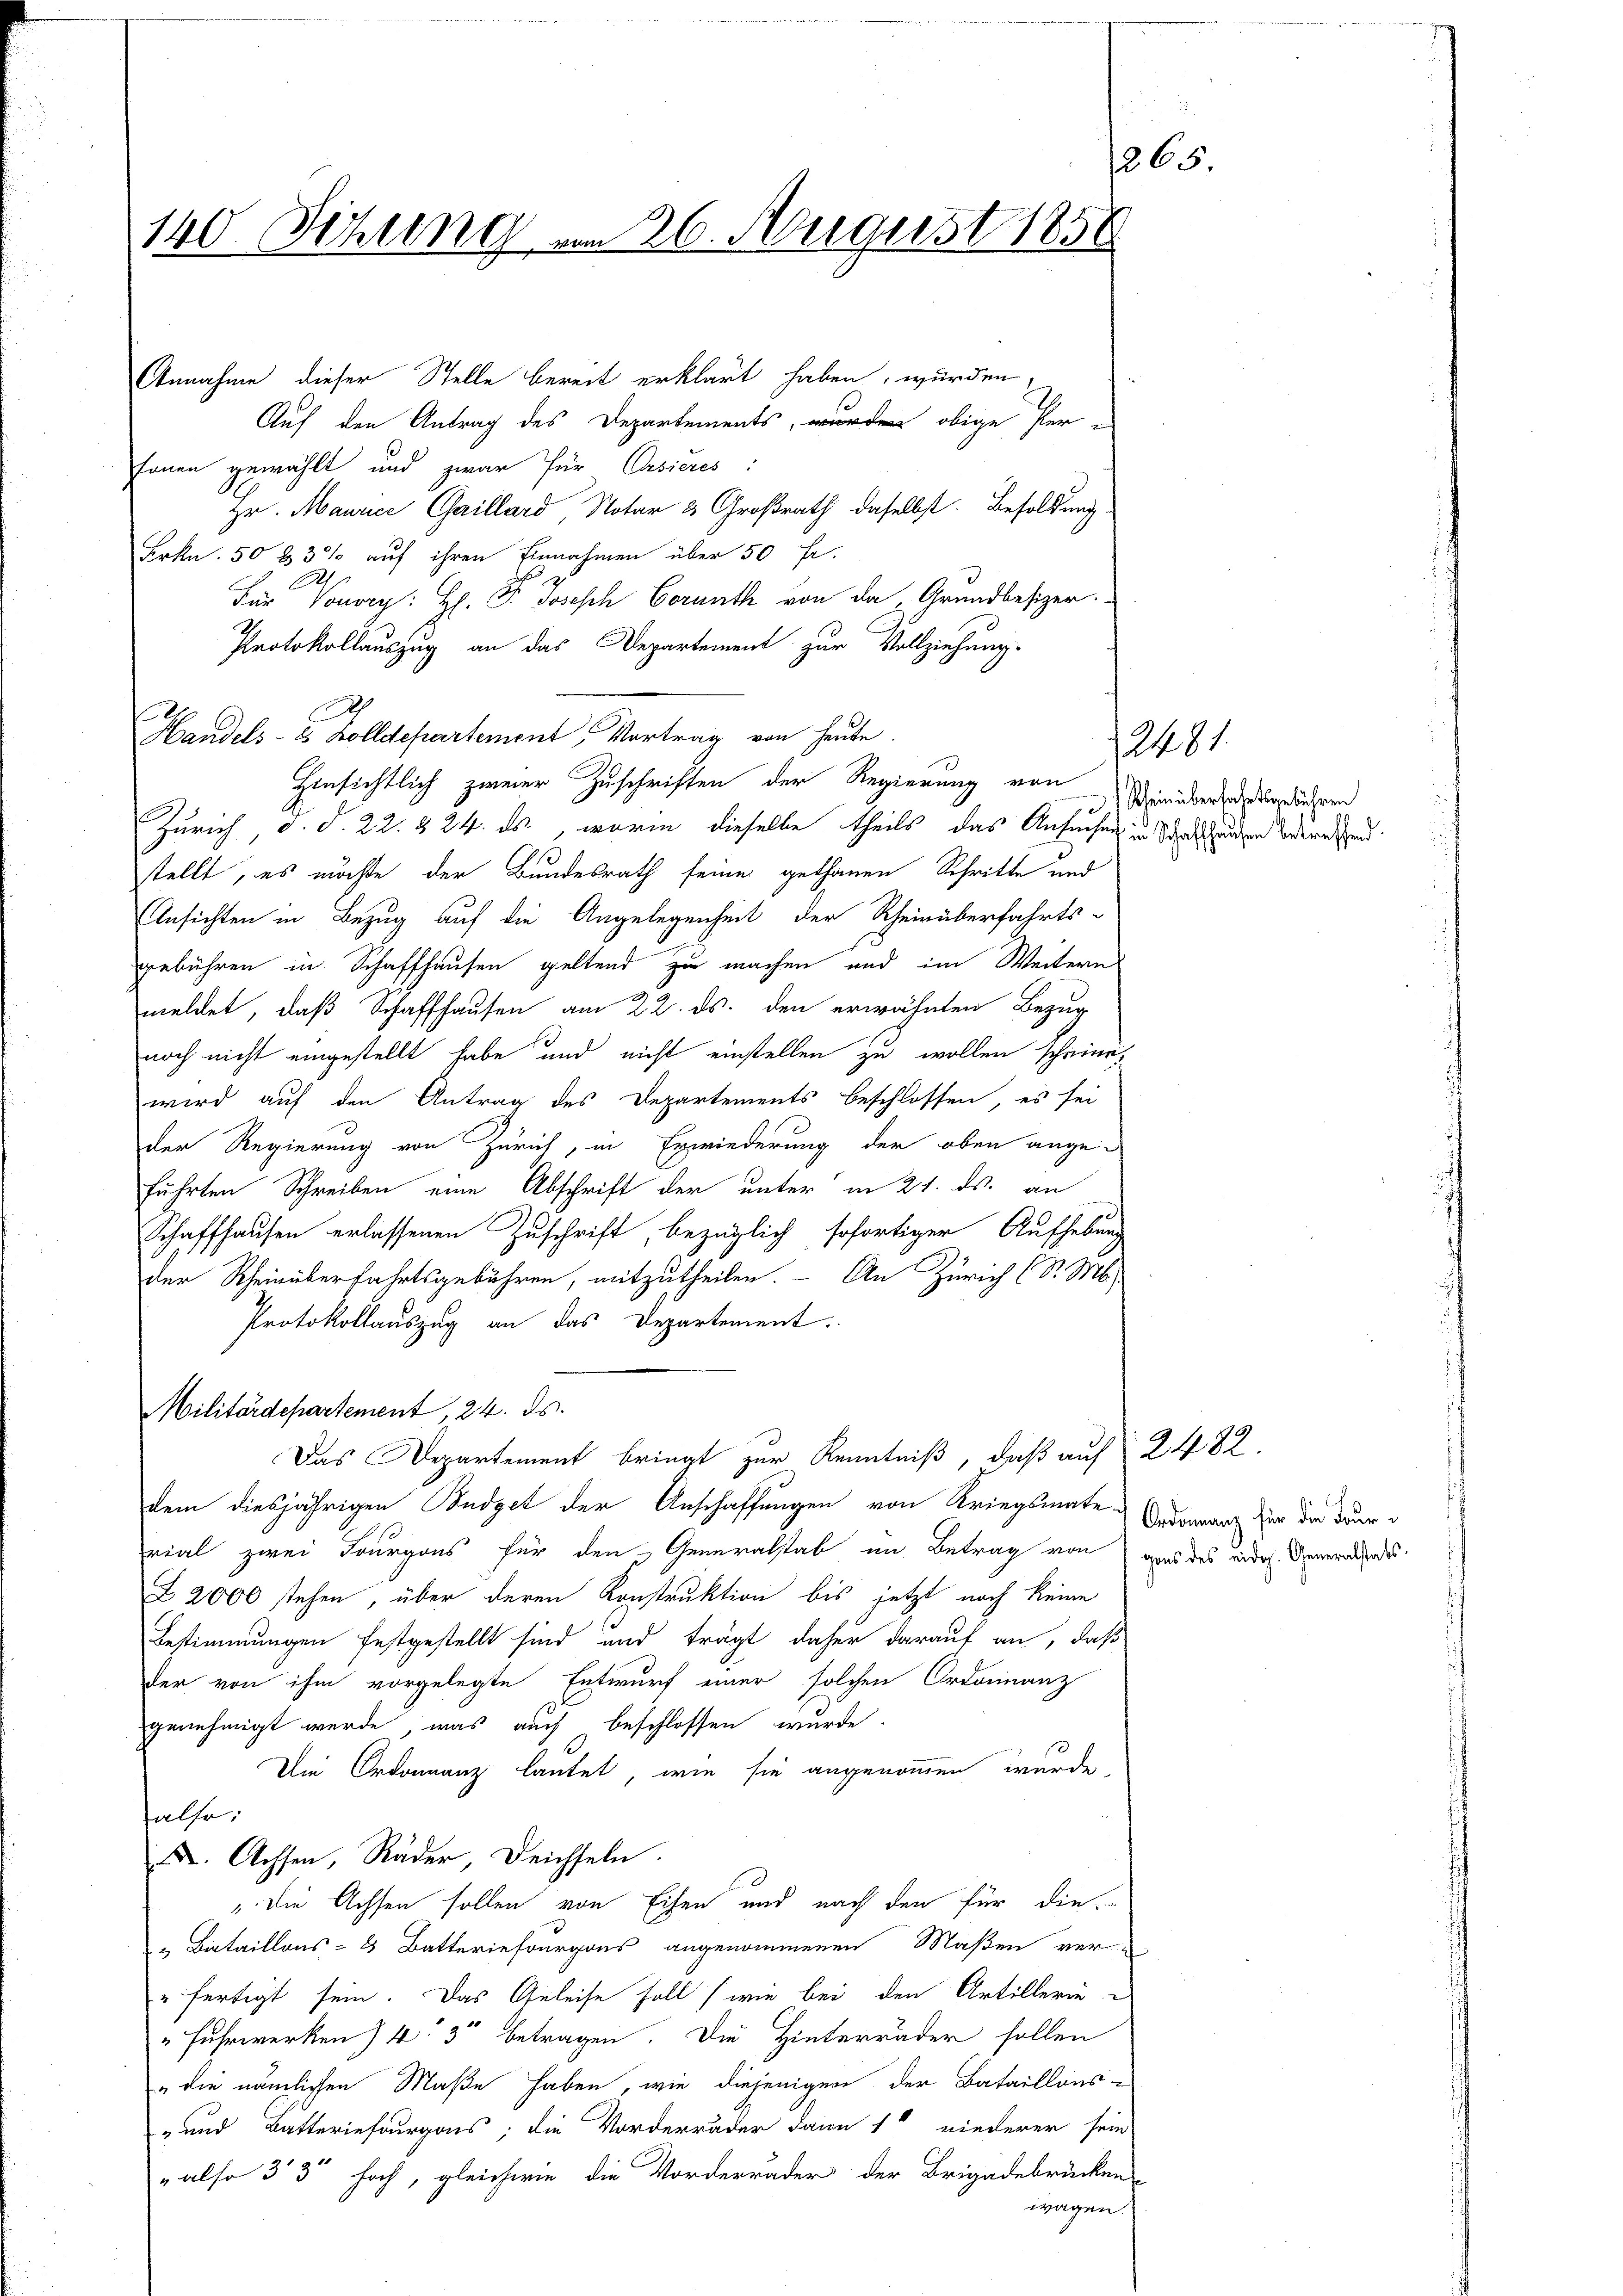
ti
140. Sitzung am 26. August 1858

A

Auf den Antrag des Departements obige Personen gewählt und zwar für Casieres:
Hr. Maurice Gaillard Notar 3 Großrath daselbst. Besoldung
Frkn. 50 & 3% auf ihren Einnahmen über 50 fr.
.
Für Vouvry: H. P. Joseph Corunth von da, Grundbesizer.
Protokollauszug an das Departement zur Vollziehung.
Handels- 2 Zolldepartement, Vortrag von heute.
Hinsichtlich zweier Zuschriften der Regierung von Verüberwendung diesen
Zürich, d. d. 22. § 24. ds., worin dieselbe theils das Ansuchen in Stralsunden Vertretend
stellt, es möchte der Bundesrath seine gethanen Schritte und
Ansichten in Bezug auf die Angelegenheit der Rheinüberfahrts-
gebühren in Schaffhausen geltend zu machen und im Weitern
meldet, daß Schaffhausen am 22. ds. den erwähnten Bezug
noch nicht eingestellt habe und nicht einstellen zu wollen scheine
wird auf den Antrag des Departements beschlossen, es sei
der Regierung von Zürich, in Erwiederung der oben angeführten Schreiben eine Abschrift der unter in 21. ds. an
Schaffhausen erlassenen Zuschrift, bezüglich sofortiger Aufhebung
der Rheinüberfahrtsgebühren, mitzutheilen. - An Zürich (S. Ms.
Protokollauszug an das Departement.
Militärdepartement, 24. ds.
Das Departement bringt zur Kenntniß, daß auf 2482.
dem diesjährigen Budget der Anschaffungen von Kriegsmate Ordonanz für die Trurrial zwei Tourgons für den Generalstab im Betrag von gens des eidg. Generalsades.
Z 2000 stehen, über deren Konstruktion bis jetzt noch keine
Bestimmungen festgestellt sind und trägt daher darauf an, daß
der von ihm vorgelegte Entwurf einer solchen Ordinanz
genehmigt werde, was auch beschlossen wurde.
Die Ordonnanz lautet, wie sie angenommen wurde,
falle,
X. Achsen, Räder, Deichseln.
"Die Achsen sollen von Eisen und nach den für die
" Bietaillons- 2 Batteriefourgons angenommenen Maßen verufertigt sein. Das Geleise soll (wie bei den Artillerie
" Fuhrwerken) 4' 3'' betragen. Die Hinterräder sollen
" die nämlichen Maße haben, wie diejenigen der Bataillons-
-und Batteriefourgors; die Vorderräder dann 14 niederer sein
" also 3' 3'' hoch, gleichwie die Vorderräder der Brigadebrücken
wagen.

u

2481.